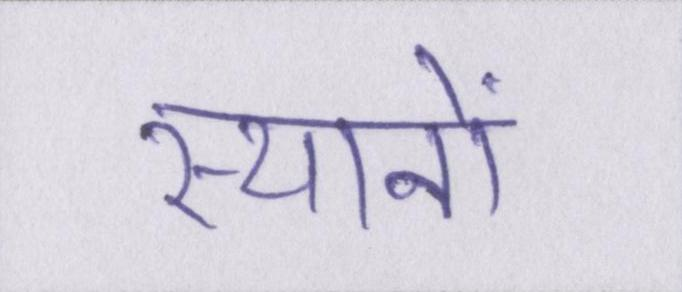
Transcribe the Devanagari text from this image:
स्थानों